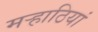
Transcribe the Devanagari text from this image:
मऱ्हाठियां